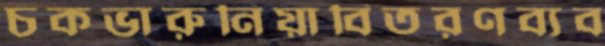
চকভারুনিয়াবিতরণব্যব